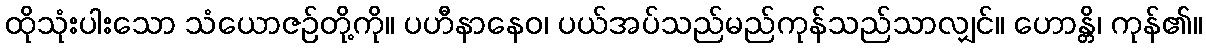
ထိုသုံးပါးသော သံယောဇဉ်တို့ကို။ ပဟီနာနေဝ၊ ပယ်အပ်သည်မည်ကုန်သည်သာလျှင်။ ဟောန္တိ၊ ကုန်၏။